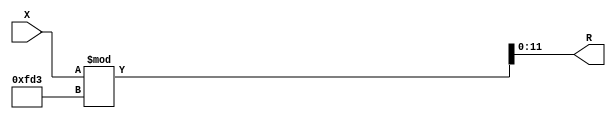
module x_400_mod_4051_reg(
    input [400:1] X,
    output [12:1] R
    );


assign R = X % 4051;

endmodule